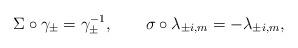
LaTeX: \begin{align*}\Sigma \circ \gamma_\pm = \gamma_\pm^{-1}, \qquad \sigma \circ\lambda_{\pm i, m} = - \lambda_{\pm i, m},\end{align*}